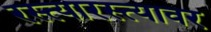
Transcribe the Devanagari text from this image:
रस्त्यारस्त्यावर